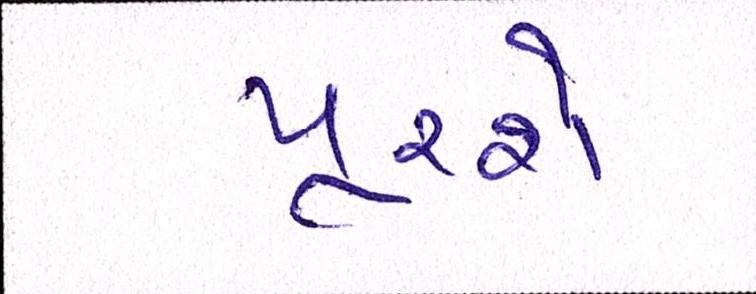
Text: પૂરશે